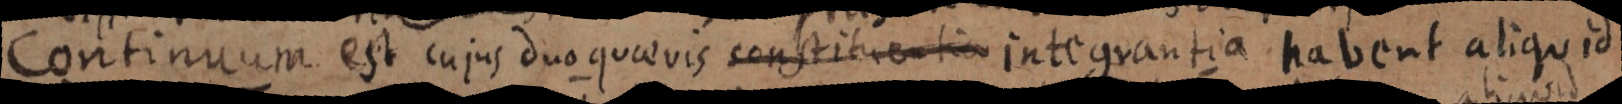
Continuum est cujus duo quaevis constituentia integrantia habent aliquid